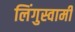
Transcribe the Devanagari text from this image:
लिंगुस्वामी